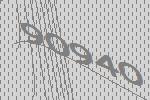
90940